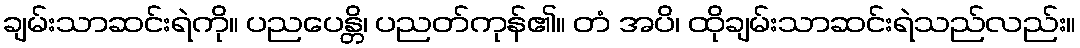
ချမ်းသာဆင်းရဲကို။ ပညပေန္တိ၊ ပညတ်ကုန်၏။ တံ အပိ၊ ထိုချမ်းသာဆင်းရဲသည်လည်း။